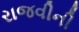
રાજવીની